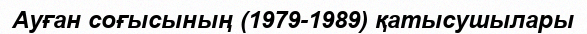
Ауған соғысының (1979-1989) қатысушылары